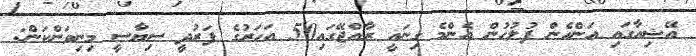
އޭޝިއާގައި އަންހެން ފުލުހުން އެންމެ ގިނައީ ރާއްޖޭގައި50 އަހަރުގެ ފަރުދީ ސިޔާސީ މިނިވަންކަން: